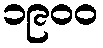
၁၉၀၀